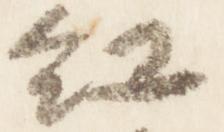
紅